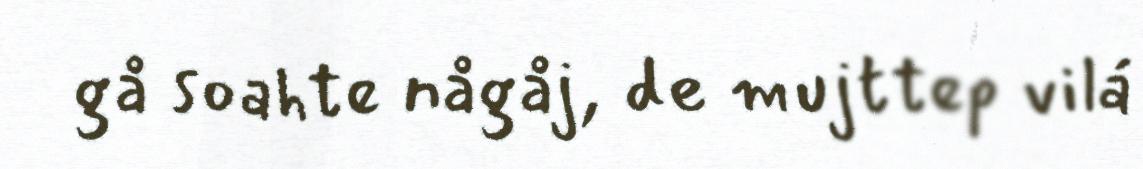
gå soahte någåj, de mujttep vilá